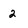
Character: 2